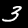
Label: 3